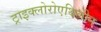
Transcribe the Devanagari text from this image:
ट्राइक्लोरोएथिलीन